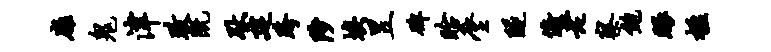
扉鬼津政既耿建跨陟埃昱碑眙麈隧俯老察鲍眼楹